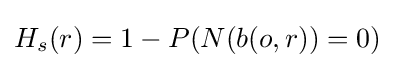
H_{s}(r)=1-P({N}(b(o,r))=0)